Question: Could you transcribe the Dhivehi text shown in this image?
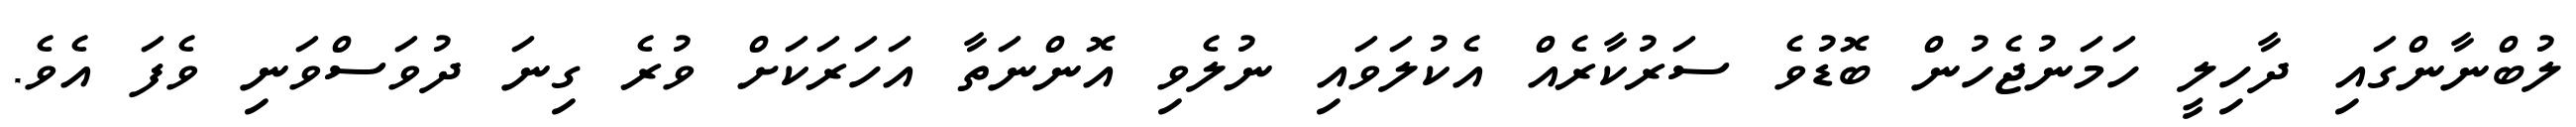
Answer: ލުބްނާންގައި ދާހިލީ ހަމަނުޖެހުން ބޮޑުވެ ސަރުކާރެއް އެކުލަވައި ނުލެވި އޮންނަތާ އަހަރަކަށް ވުރެ ގިނަ ދުވަސްވަނި ވެފަ އެވެ.